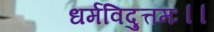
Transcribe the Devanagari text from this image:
धर्मविदुत्तमः।।